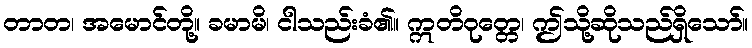
တာတ၊ အမောင်တို့။ ခမာမိ၊ ငါသည်းခံ၏။ ဣတိဝုတ္တေ၊ ဤသို့ဆိုသည်ရှိသော်။